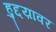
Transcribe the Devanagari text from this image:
हुद्दय़ावर